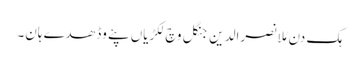
ہک دن مُلا نصرالدین جنگل وچ لکڑیاں پئے وڈھدے ہان۔